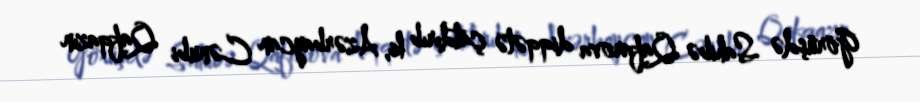
Görüşdə Sahibə Qafarova diqqətə çatdırıb ki, Azərbaycan Cənubi Qafqazın